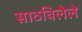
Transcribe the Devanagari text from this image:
साठविलेले